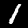
Digit: 1